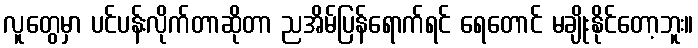
လူတွေမှာ ပင်ပန်းလိုက်တာဆိုတာ ညအိမ်ပြန်ရောက်ရင် ရေတောင် မချိုးနိုင်တော့ဘူး။